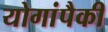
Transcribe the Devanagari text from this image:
योगांपैकी